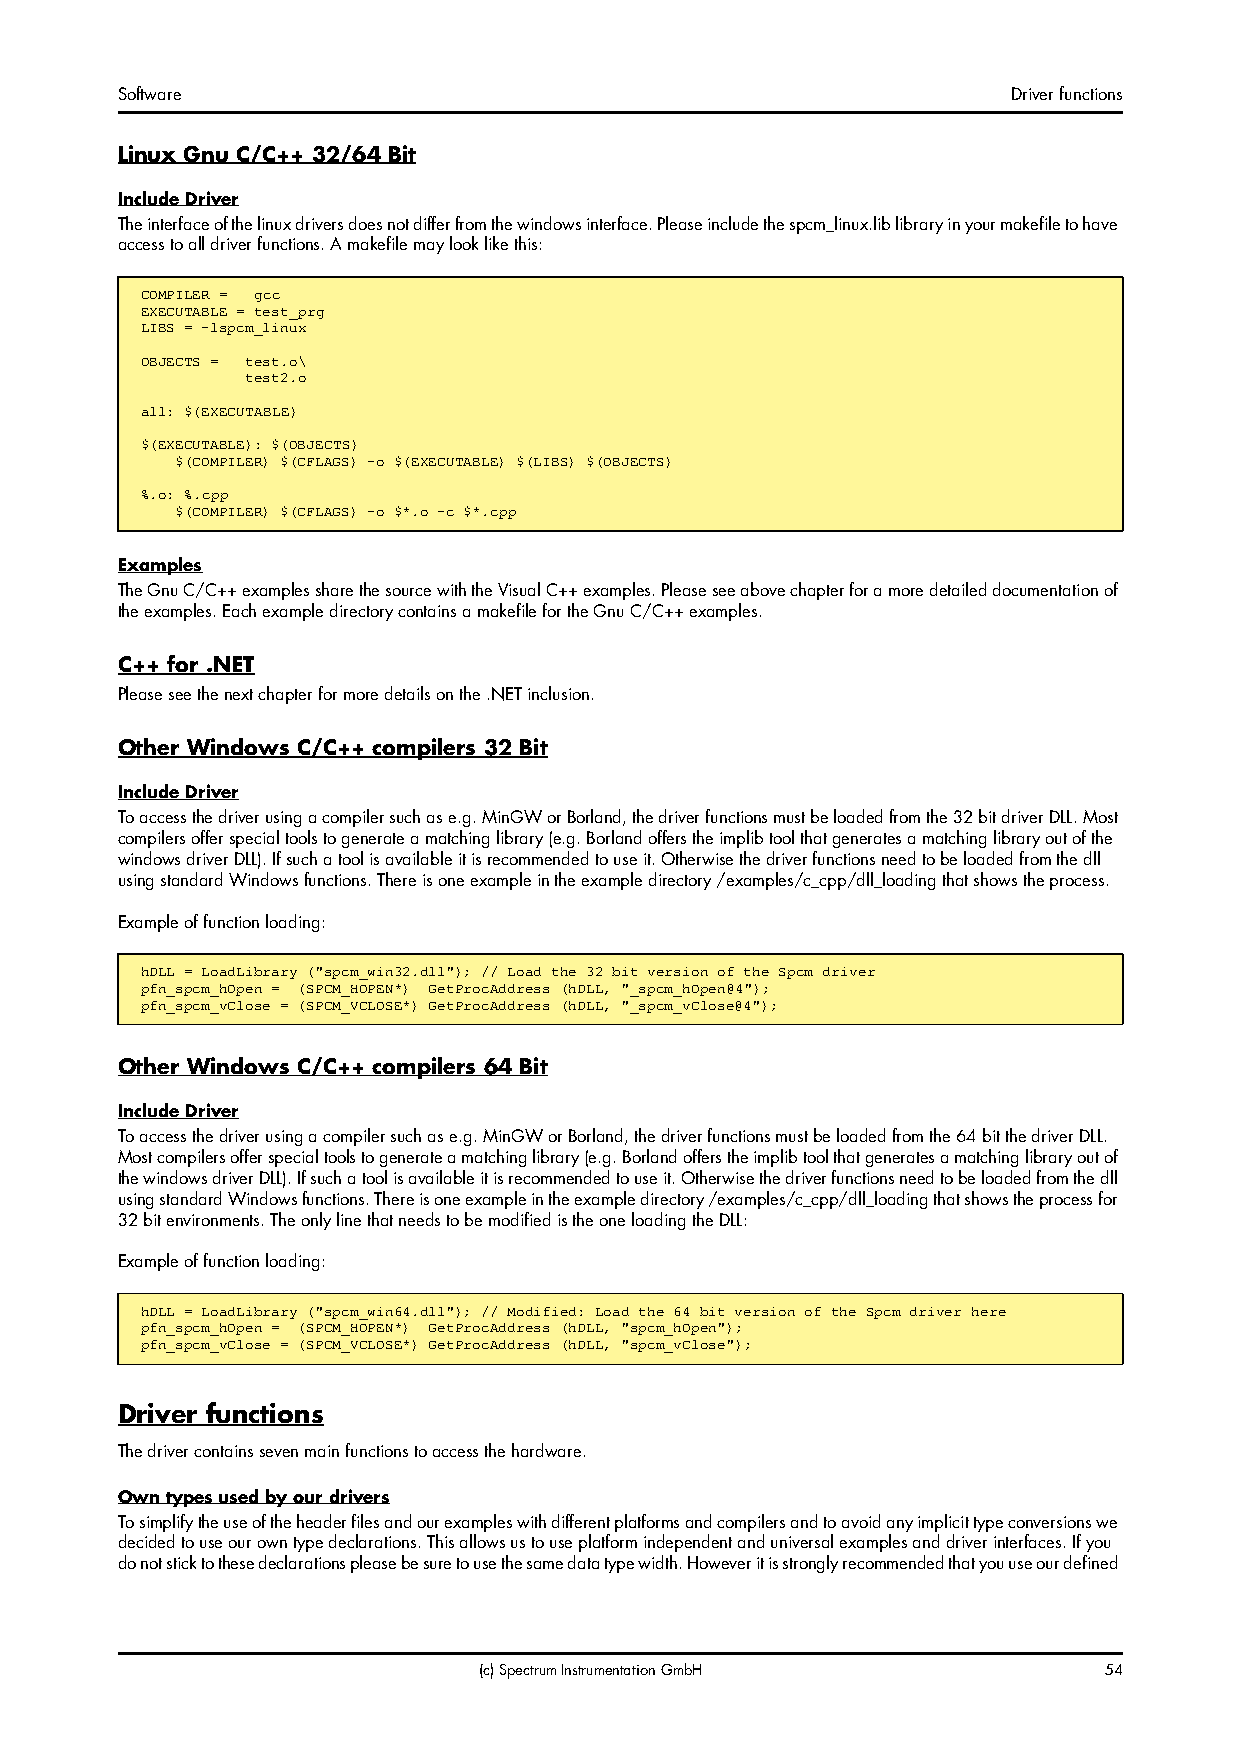
Software                                                   Driver functions
 Linux Gnu C/C++ 32/64 Bit
 Include Driver
 The interface of the linux drivers does not differ from the windows interface. Please include the spcm_linux.lib library in your makefile to have
 access to all driver functions. A makefile may look like this:
 COMPILER = gcc
 EXECUTABLE = test_prg
 LIBS = -lspcm_linux
 OBJECTS = test.o\
 test2.o
 all: $(EXECUTABLE)
 $(EXECUTABLE): $(OBJECTS)
 $(COMPILER) $(CFLAGS) -o $(EXECUTABLE) $(LIBS) $(OBJECTS)
 %.o: %.cpp
 $(COMPILER) $(CFLAGS) -o $*.o -c $*.cpp
 Examples
 The Gnu C/C++ examples share the source with the Visual C++ examples. Please see above chapter for a more detailed documentation of
 the examples. Each example directory contains a makefile for the Gnu C/C++ examples.
 C++ for .NET
 Please see the next chapter for more details on the .NET inclusion.
 Other Windows C/C++ compilers 32 Bit
 Include Driver
 To access the driver using a compiler such as e.g. MinGW or Borland, the driver functions must be loaded from the 32bit driver DLL. Most
 compilers offer special tools to generate a matching library (e.g. Borland offers the implib tool that generates a matching library out of the
 windows driver DLL). If such a tool is available it is recommended to use it. Otherwise the driver functions need to be loaded from the dll
 using standard Windows functions. There is one example in the example directory /examples/c_cpp/dll_loading that shows the process.
 Example of function loading:
 hDLL = LoadLibrary ("spcm_win32.dll"); // Load the 32 bit version of the Spcm driver
 pfn_spcm_hOpen = (SPCM_HOPEN*) GetProcAddress (hDLL, "_spcm_hOpen@4");
 pfn_spcm_vClose = (SPCM_VCLOSE*) GetProcAddress (hDLL, "_spcm_vClose@4");
 Other Windows C/C++ compilers 64 Bit
 Include Driver
 To access the driver using a compiler such as e.g. MinGW or Borland, the driver functions must be loaded from the 64bit the driver DLL.
 Most compilers offer special tools to generate a matching library (e.g. Borland offers the implib tool that generates a matching library out of
 the windows driver DLL). If such a tool is available it is recommended to use it. Otherwise the driver functions need to be loaded from the dll
 using standard Windows functions. There is one example in the example directory /examples/c_cpp/dll_loading that shows the process for
 32bit environments. The only line that needs to be modified is the one loading the DLL:
 Example of function loading:
 hDLL = LoadLibrary ("spcm_win64.dll"); // Modified: Load the 64 bit version of the Spcm driver here
 pfn_spcm_hOpen = (SPCM_HOPEN*) GetProcAddress (hDLL, "spcm_hOpen");
 pfn_spcm_vClose = (SPCM_VCLOSE*) GetProcAddress (hDLL, "spcm_vClose");
 Driver functions
 The driver contains seven main functions to access the hardware.
 Own types used by our drivers
 To simplify the use of the header files and our examples with different platforms and compilers and to avoid any implicit type conversions we
 decided to use our own type declarations. This allows us to use platform independent and universal examples and driver interfaces. If you
 do not stick to these declarations please be sure to use the same data type width. However it is strongly recommended that you use our defined
 (c) Spectrum Instrumentation GmbH        54